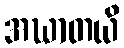
အဃာတယိ